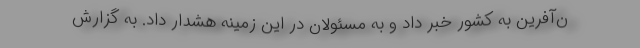
ن‌آفرین به کشور خبر داد و به مسئولان در این زمینه هشدار داد. به گزارش